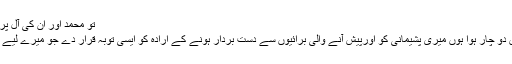
تو محمد اور ان کی آل پر رحمت نازل فرما اور ان
لغزشوں سے جن سے میں دو چار ہوا ہوں میری پشیمانی کو اورپیش آنے والی برائیوں سے دست بردار ہونے کے ارادہ کو ایسی توبہ قرار دے جو میرے لیے تیری محبت کا باعث ہو ۔